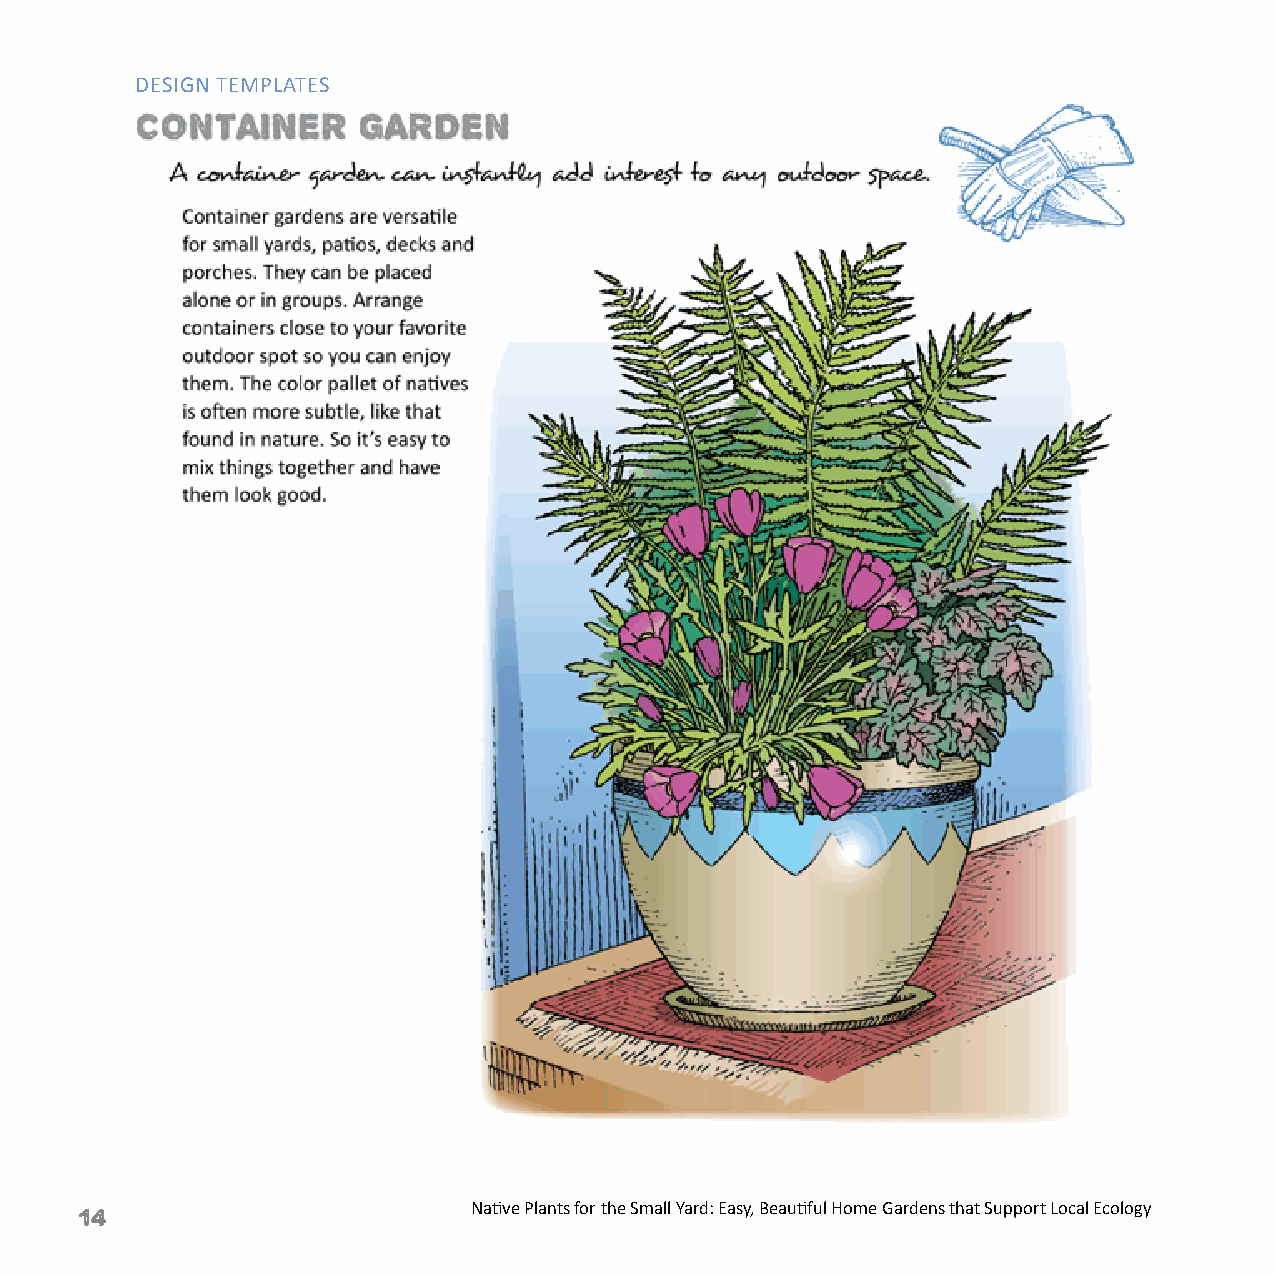
DESIGN TEMPLATES
 14                        Native Plants for the Small Yard: Easy, Beautiful Home Gardens that Support Local Ecology